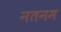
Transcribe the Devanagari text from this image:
नतनम